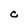
Character: c